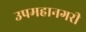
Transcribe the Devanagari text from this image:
उपमहानगरी